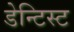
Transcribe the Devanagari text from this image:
डेन्टिस्ट